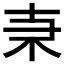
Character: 𠦙